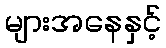
များအနေနှင့်